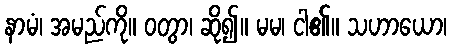
နာမံ၊ အမည်ကို။ ဝတွာ၊ ဆို၍။ မမ၊ ငါ၏။ သဟာယော၊